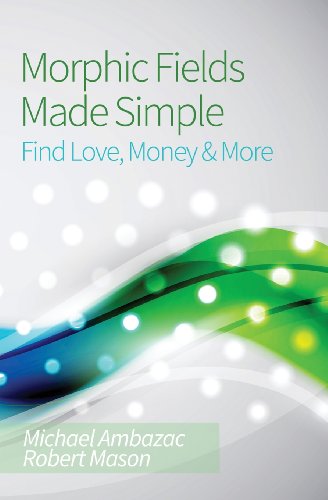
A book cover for Morphic Fields Made Simple: Find Love, Money & More; Michael Ambazac; Computers & Technology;